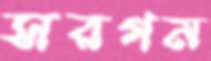
সরগম